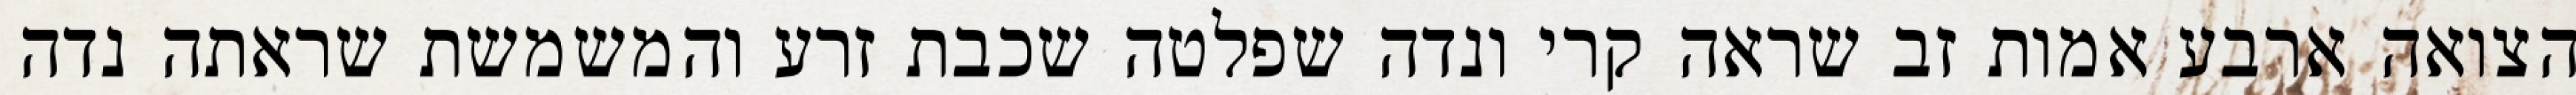
הצואה ארבע אמות זב שראה קרי ונדה שפלטה שכבת זרע והמשמשת שראתה נדה